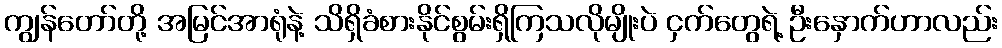
ကျွန်တော်တို့ အမြင်အာရုံနဲ့ သိရှိခံစားနိုင်စွမ်းရှိကြသလိုမျိုးပဲ ငှက်တွေရဲ့ ဦးနှောက်ဟာလည်း